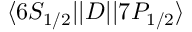
\ensuremath { \langle 6 S _ { 1 / 2 } | | } D \ensuremath { | | 7 P _ { 1 / 2 } \rangle }